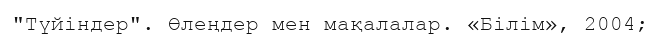
"Түйіндер". Өлеңдер мен мақалалар. «Білім», 2004;